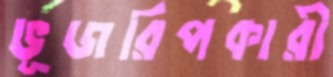
ভূজরিপকারী